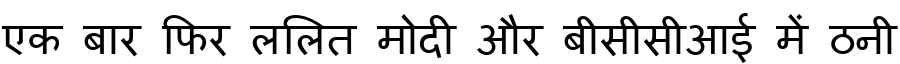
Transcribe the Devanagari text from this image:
एक बार फिर ललित मोदी और बीसीसीआई में ठनी